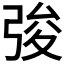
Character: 𢏤